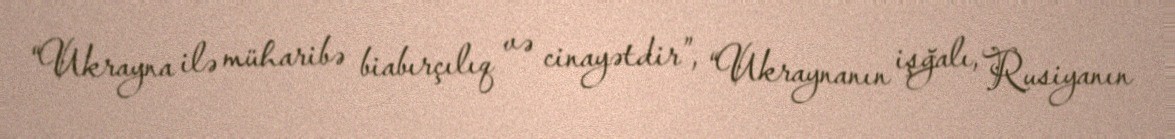
“Ukrayna ilə müharibə biabırçılıq və cinayətdir”, “Ukraynanın işğalı, Rusiyanın